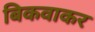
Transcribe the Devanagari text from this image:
बिकवाकर